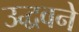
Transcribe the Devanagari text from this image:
उद्धवने